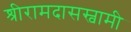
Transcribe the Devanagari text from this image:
श्रीरामदासस्वामी